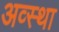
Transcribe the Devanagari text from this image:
अव्स्था